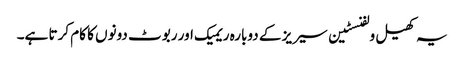
یہ کھیل ولفنسٹین سیریز کے دوبارہ ریمیک اور ربوٹ دونوں کا کام کرتا ہے۔